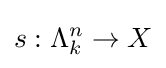
s:\Lambda _{k}^{n}\to X